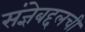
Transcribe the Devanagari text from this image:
संज्ञेबद्दलची